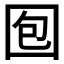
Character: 𱕹